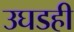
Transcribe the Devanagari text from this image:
उघडही